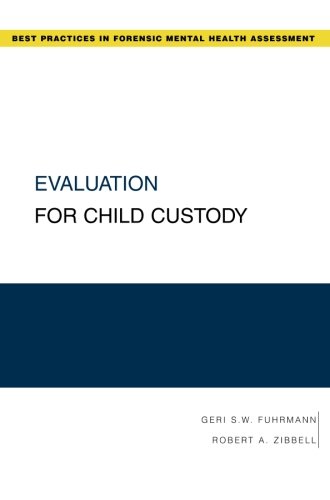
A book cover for Evaluation for Child Custody (Best Practices for Forensic Mental Health Assessments); Geri S. W. Fuhrmann; Medical Books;